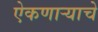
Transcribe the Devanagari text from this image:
ऐकणाऱ्याचे